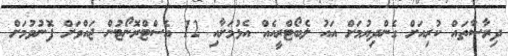
ދިރާސާތައް ކުރިއަށް ގެންދިޔުމަށް އައު ލެބޯޓްރީއެއް އެޅުމަށާއި 12 އެސްޓްރޮނޯޓުން ޖައްވަށް ފޮނުވުމަށް